Cholera in India, 1862 to 1881
Year: 1862
Disease focus: Cholera
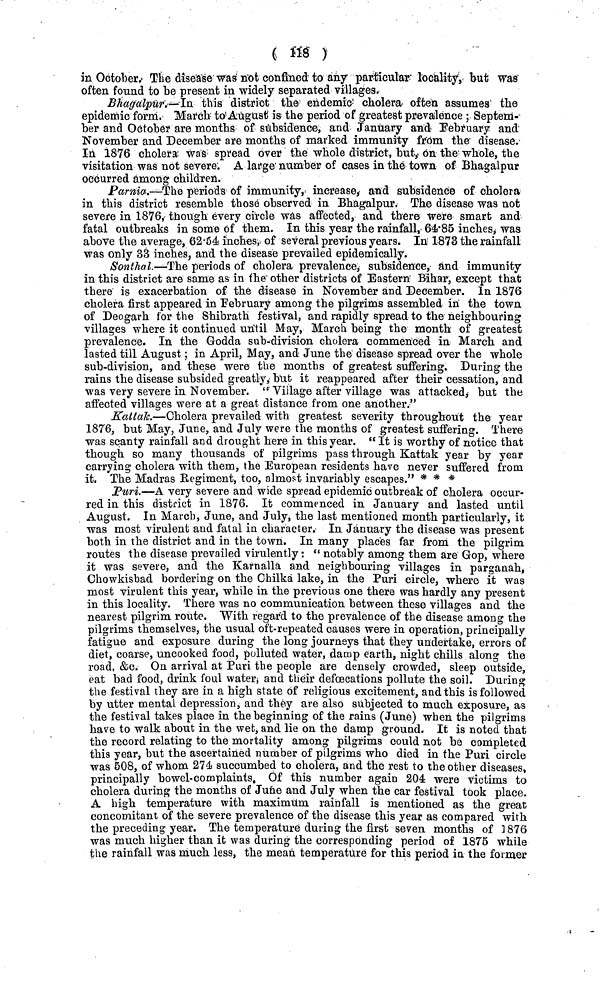
( 118 )
in October. The disease was not confined to any particular locality, but was
often found to be present in widely separated villages.
Bhagalpur.—In this district the endemic cholera often assumes the
epidemic form. March to August is the period of greatest prevalence ; Septem-
ber and October are months of subsidence, and January and February and
November and December are months of marked immunity from the disease.
In 1876 cholera was spread over the whole district, but, on the whole, the
visitation was not severe. A large number of cases in the town of Bhagalpur
occurred among children.
Parma.—The periods of immunity, increase, and subsidence of cholera
in this district resemble those observed in Bhagalpur. The disease was not
severe in 1876, though every circle was affected, and there were smart and
fatal outbreaks in some of them. In this year the rainfall, 64·85 inches, was
above the average, 62·54 inches, of several previous years. In 1873 the rainfall
was only 33 inches, and the disease prevailed epidemically.
Sonthal.—The periods of cholera prevalence, subsidence, and immunity
in this district are same as in the other districts of Eastern Bihar, except that
there is exacerbation of the disease in November and December. In 1876
cholera first appeared in February among the pilgrims assembled in the town
of Deogarh for the Shibrath festival, and rapidly spread to the neighbouring
villages where it continued until May, March being the month of greatest
prevalence. In the Godda sub-division cholera commenced in March and
lasted till August ; in April, May, and June the disease spread over the whole
sub-division, and these were the months of greatest suffering. During the
rains the disease subsided greatly, but it reappeared after their cessation, and
was very severe in November. " Village after village was attacked, but the
affected villages were at a great distance from one another."
Kattak.—Cholera prevailed with greatest severity throughout the year
1876, but May, June, and July were the months of greatest suffering. There
was scanty rainfall and drought here in this year. " It is worthy of notice that
though so many thousands of pilgrims pass through Kattak year by year
carrying cholera with them, the European residents have never suffered from
it. The Madras Regiment, too, almost invariably escapes." * * *
Puri.—A very severe and wide spread epidemic outbreak of cholera occur-
red in this district in 1876. It commenced in January and lasted until
August. In March, June, and July, the last mentioned month particularly, it
was most virulent and fatal in character. In January the disease was present
both in the district and in the town. In many places far from the pilgrim
routes the disease prevailed virulently: " notably among them are Gop, where
it was severe, and the Karnalla and neighbouring villages in parganah,
Chowkisbad bordering on the Chilka lake, in the Puri circle, where it was
most virulent this year, while in the previous one there was hardly any present
in this locality. There was no communication between these villages and the
nearest pilgrim route. "With regard to the prevalence of the disease among the
pilgrims themselves, the usual oft-repeated causes were in operation, principally
fatigue and exposure during the long journeys that they undertake, errors of
diet, coarse, uncooked food, polluted water, damp earth, night chills along the
road, &c. On arrival at Puri the people are densely crowded, sleep outside,
eat bad food, drink foul water, and their defoecations pollute the soil. During
the festival they are in a high state of religious excitement, and this is followed
by utter mental depression, and they are also subjected to much exposure, as
the festival takes place in the beginning of the rains (June) when the pilgrims
have to walk about in the wet, and lie on the damp ground. It is noted that
the record relating to the mortality among pilgrims could not be completed
this year, but the ascertained number of pilgrims who died in the Puri circle
was 508, of whom 274 succumbed to cholera, and the rest to the other diseases,
principally bowel-complaints. Of this number again 204 were victims to
cholera during the months of June and July when the car festival took place.
A high temperature with maximum rainfall is mentioned as the great
concomitant of the severe prevalence of the disease this year as compared with
the preceding year. The temperature during the first seven months of 1876
was much higher than it was during the corresponding period of 1875 while
the rainfall was much less, the mean temperature for this period in the former